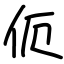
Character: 伌